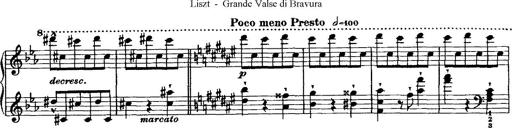
Title: Grande valse di bravura
Composer: Franz Liszt